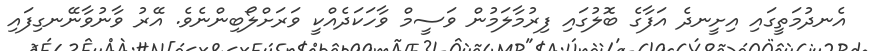
އެނދުމަތީގައި އިށީނދެ އަފާގެ ބޮލުގައި ފިރުމާލަމުން ވަސީމް ވާހަކަދެއްކީ ވަރަށްލޯބިންނެވެ. އޭރު ވާނުވާނޭނގިފައި